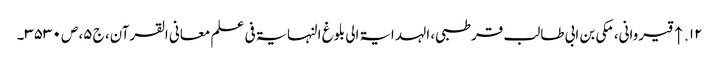
۱۲. ↑ قیروانی، مکی بن ابی طالب قرطبی، الہدایۃ الی بلوغ النہایۃ فی علم معانی القرآن، ج ۵، ص ۳۵۳۰۔